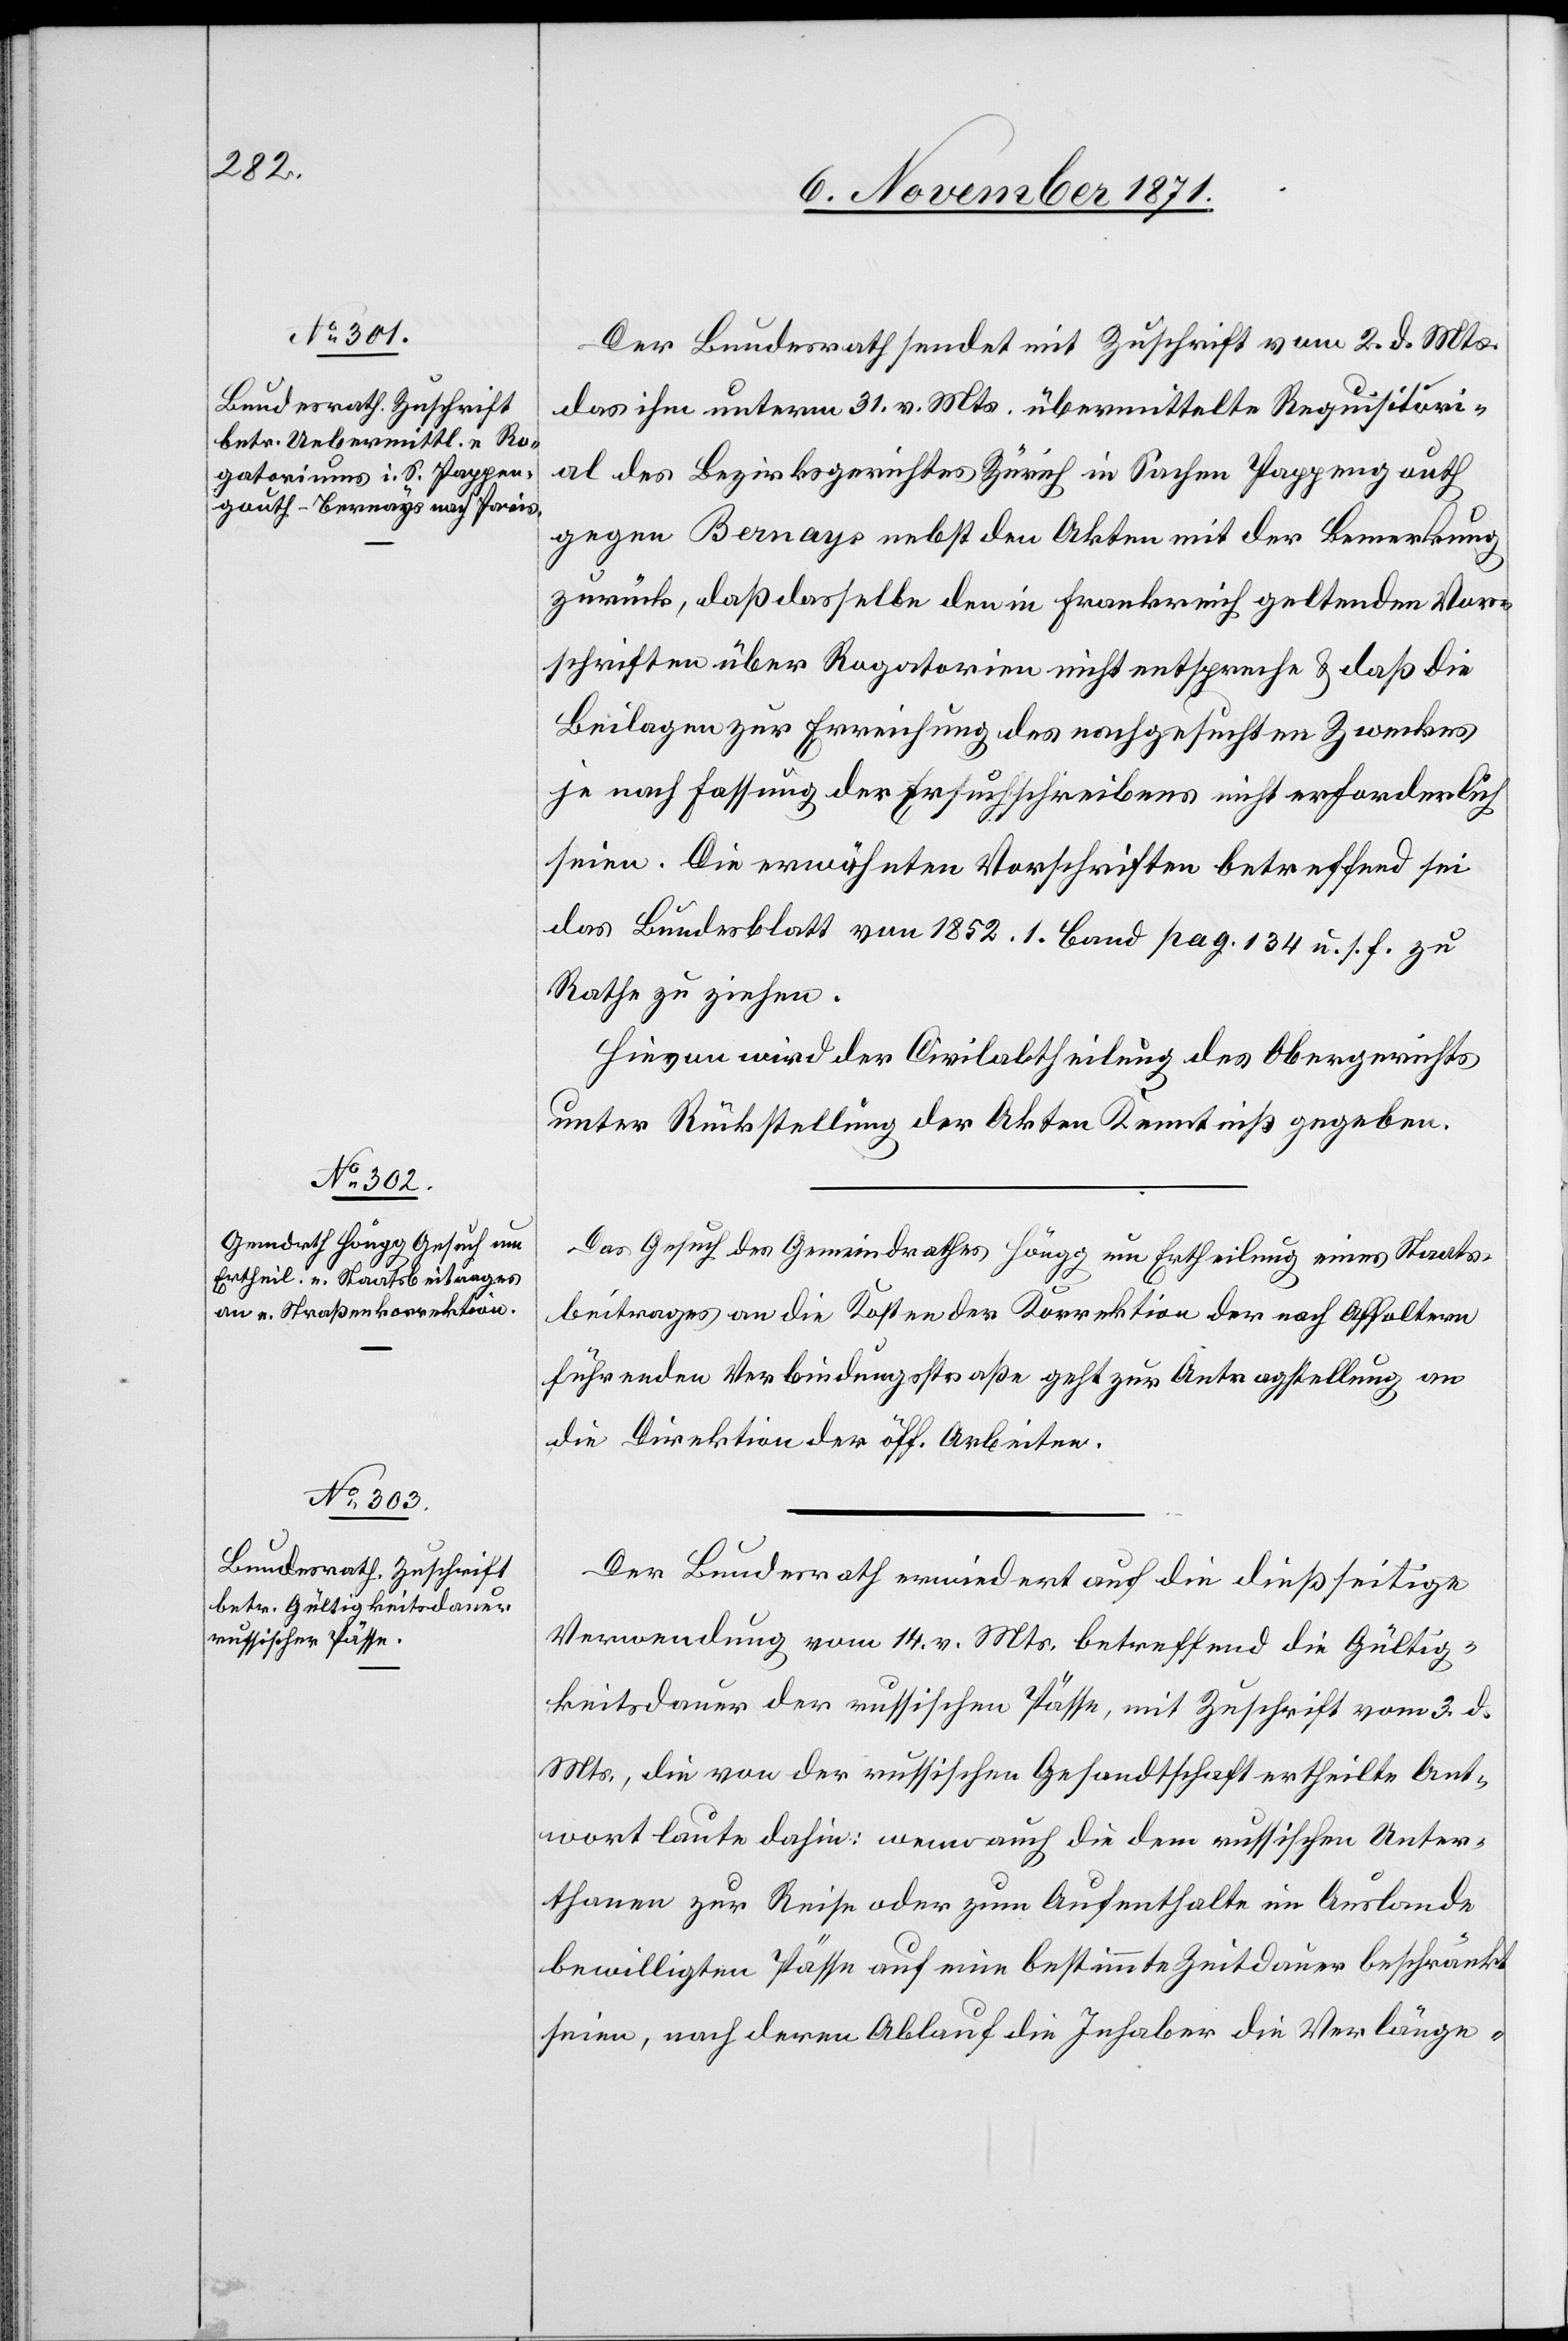
6. November 1871.]
Der Bundesrath sendet mit Zuschrift vom 2. d. Mts.
das ihm unterm 31. v. Mts. übermittelte Requisitor¬
al des Bezirksgerichtes Zürich in Sachen Pappengauth
gegen Bernays nebst den Akten mit der Bemerkung
zurück, daß dasselbe den in Frankreich geltenden Vor¬
schriften über Rogatorien nicht entspreche & daß die
Beilagen zur Erreichung des nachgesuchten Zweckes
je nach Fassung des Ersuchschreibens nicht erforderlich
seien. Die erwähnten Vorschriften betreffend sei
das Bundesblatt von 1852. 1. Band pag. 134 u. s. f. zu
Rathe zu ziehen.
Hievon wird der Civilabtheilung des Obergerichts
unter Rückstellung der Akten Kenntniß gegeben.
Das Gesuch des Gemeindrathes Höngg um Ertheilung eines Staats¬
beitrages an die Kosten der Korrektion der nach Affoltern
führenden Verbindungsstraße geht zur Antragstellung an
die Direktion der öff. Arbeiten.
Der Bundesrath erwiedert auf die dießseitige
Verordnung vom 14. v. Mts. betreffend die Gültig¬
keitsdauer der russischen Pässe, mit Zuschrift vom 3. d.
Mts., die von der russischen Gesandtschaft ertheilte Ant¬
wort laute dahin: wenn auch die den russischen Unter¬
thanen zur Reise oder zum Aufenthalte im Auslande
bewilligten Pässe auf eine bestimmte Zeitdauer beschränkt
seien, nach deren Ablauf die Inhaber die Verlänge-